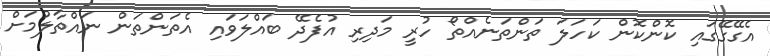
އެގޭގޭގައި ކޮންކޮން ކަހަލަ ތަންތަނެއްތޯ ހުރީ މަދިރި އުފެދޭ ބައްލަވައި އެތަންތަން ނައްތާލުމަށް